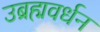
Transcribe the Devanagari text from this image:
उब्रह्मवर्धन